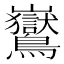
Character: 𪈡